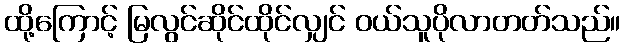
ထို့ကြောင့် မြလွင်ဆိုင်ထိုင်လျှင် ဝယ်သူပိုလာတတ်သည်။